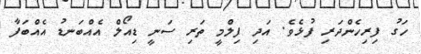
ހަގު ފިރިހެންދަރި ފުޅެވެ. އަދި ފިލްމީ ތަރި ސަނީ ޑިއޯލް އެއްބަނޑު އެއްބަފާ